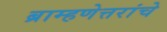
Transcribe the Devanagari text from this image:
ब्राम्हणेत्तरांचे